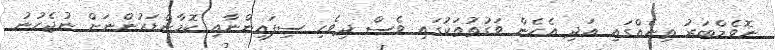
ނޮވެމްބަރު ތިނެއްގައި އަދި އެހެން ވަގުތުތަކުގައި ވެސް ދިވެހި ސިފައިންނާއި ކޮމާންޑަރުންނަށް ނުޖެހުނު